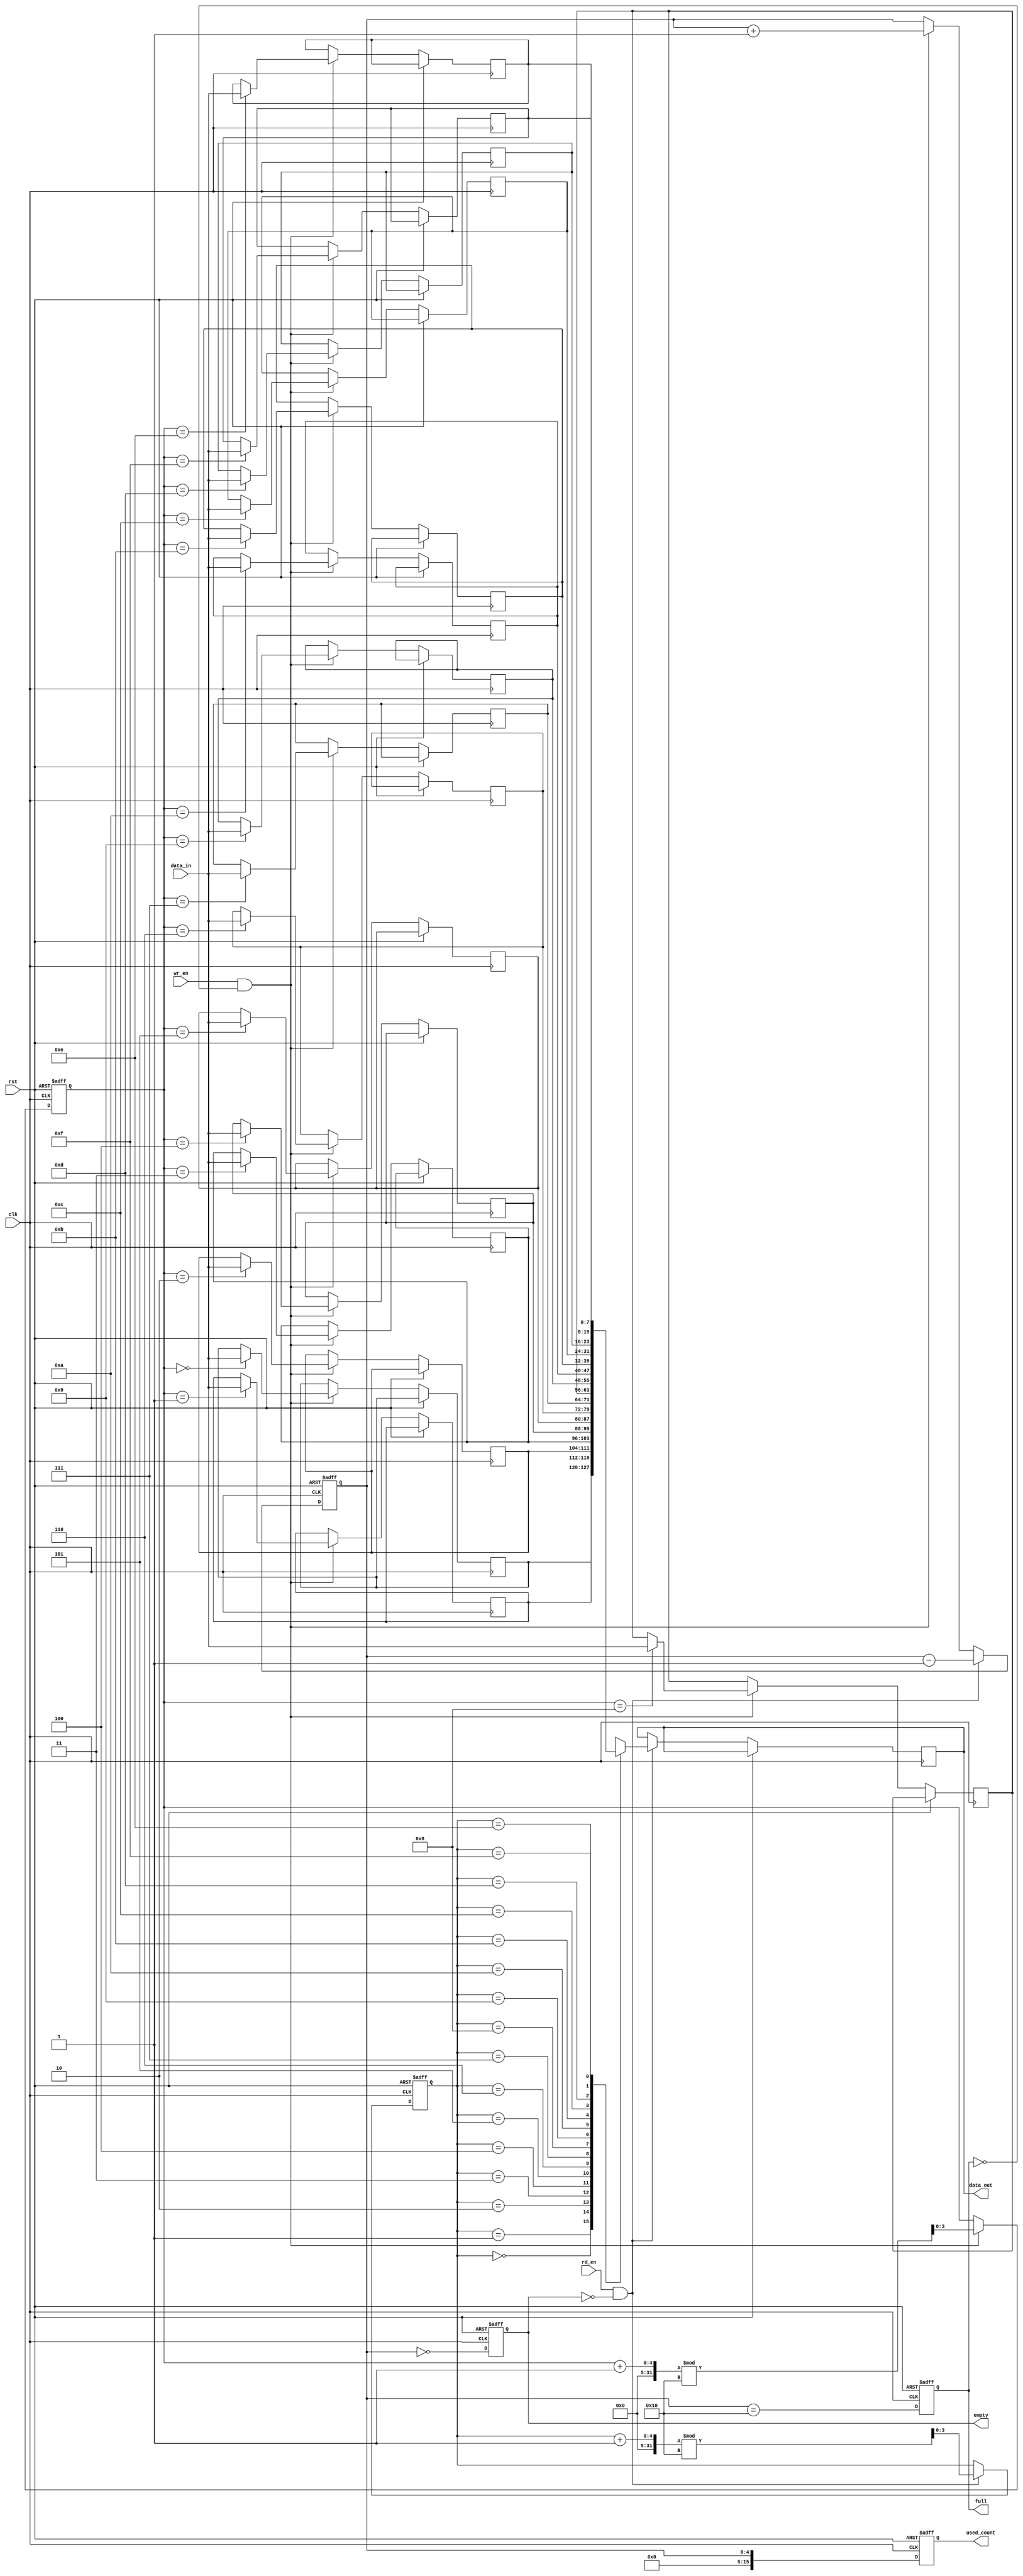
module parameterized_fifo #(
    parameter DEPTH = 16,  // Depth of the FIFO (must be a power of 2)
    parameter WIDTH = 8    // Width of each data entry in bits
)(
    input wire clk,              // Clock signal
    input wire rst,              // Reset signal
    input wire wr_en,           // Write enable
    input wire rd_en,           // Read enable
    input wire [WIDTH-1:0] data_in, // Data input
    output reg [WIDTH-1:0] data_out, // Data output
    output reg full,            // Full flag
    output reg empty,           // Empty flag
    output reg [DEPTH-1:0] used_count // Number of entries currently in the FIFO
);

    // Internal memory array
    reg [WIDTH-1:0] fifo_mem [0:DEPTH-1]; // FIFO memory array
    reg [$clog2(DEPTH)-1:0] wr_ptr;       // Write pointer
    reg [$clog2(DEPTH)-1:0] rd_ptr;       // Read pointer
    reg [$clog2(DEPTH+1)-1:0] count;      // Count of used entries

    // Asynchronous reset
    always @(posedge clk or posedge rst) begin
        if (rst) begin
            wr_ptr <= 0;
            rd_ptr <= 0;
            count <= 0;
            full <= 0;
            empty <= 1;
            used_count <= 0;
        end else begin
            // Write operation
            if (wr_en && !full) begin
                fifo_mem[wr_ptr] <= data_in;  // Write data to FIFO
                wr_ptr <= (wr_ptr + 1) % DEPTH; // Increment write pointer
                count <= count + 1;              // Increment count
            end

            // Read operation
            if (rd_en && !empty) begin
                data_out <= fifo_mem[rd_ptr]; // Read data from FIFO
                rd_ptr <= (rd_ptr + 1) % DEPTH; // Increment read pointer
                count <= count - 1;              // Decrement count
            end

            // Update flags
            full <= (count == DEPTH);
            empty <= (count == 0);
            used_count <= count; // Update used count
        end
    end

endmodule